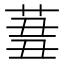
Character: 𦱪